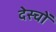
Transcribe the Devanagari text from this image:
देस्चों